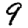
Digit: 9